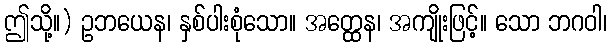
ဤသို့။) ဥဘယေန၊ နှစ်ပါးစုံသော။ အတ္ထေန၊ အကျိုးဖြင့်။ သော ဘဂဝါ၊